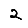
Digit: 2